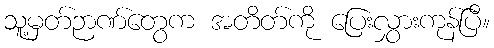
သူ့မှတ်ဉာဏ်တွေက အတိတ်ကို ပြေးလွှားကုန်ပြီ။